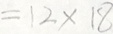
= 1 2 \times 1 8